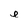
Character: e